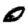
Digit: 0